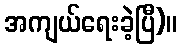
အကျယ်ရေးခဲ့ပြီ)။